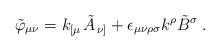
LaTeX: \begin{align*}\tilde{\varphi}_{\mu \nu} = k_{\left[ \mu \right.} \tilde{A}_{\left. \nu \right]} + \epsilon_{\mu \nu \rho \sigma} k^\rho \tilde{B}^\sigma \; .\end{align*}